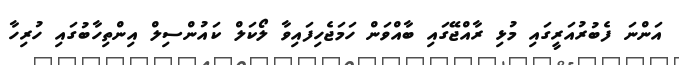
އަންނަ ފެބުރުއަރީގައި މުޅި ރާއްޖޭގައި ބާއްވަން ހަމަޖެހިފައިވާ ލޯކަލް ކައުންސިލް އިންތިހާބުގައި ހުރިހާ